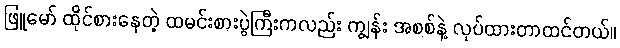
ဖြူမော် ထိုင်စားနေတဲ့ ထမင်းစားပွဲကြီးကလည်း ကျွန်း အစစ်နဲ့ လုပ်ထားတာထင်တယ်။